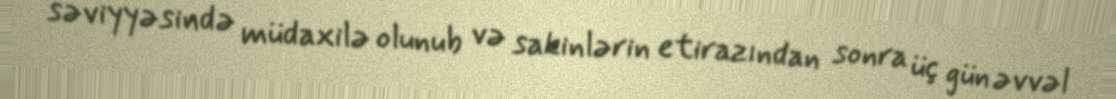
səviyyəsində müdaxilə olunub və sakinlərin etirazından sonra üç gün əvvəl